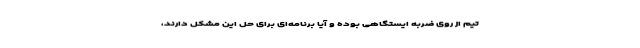
تیم از روی ضربه ایستگاهی بوده و آیا برنامه‌ای برای حل این مشکل دارند،